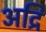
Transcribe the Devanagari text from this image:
अद्रि